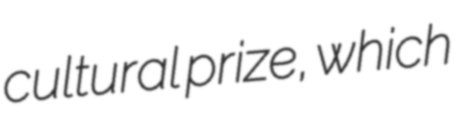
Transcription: cultural prize, which